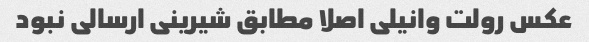
عکس رولت وانیلی اصلا مطابق شیرینی ارسالی نبود